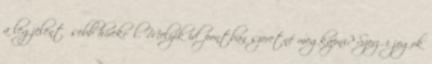
a legjelentősebb hírekről. Melyik időpontban szeretné megkapni? Szerzői jogok